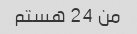
من 24 هستم